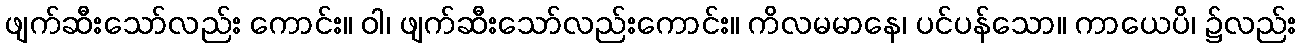
ဖျက်ဆီးသော်လည်း ကောင်း။ ဝါ၊ ဖျက်ဆီးသော်လည်းကောင်း။ ကိလမမာနေ၊ ပင်ပန်သော။ ကာယေပိ၊ ၌လည်း